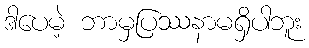
ဒါပေမဲ့ ဘာမှပြဿနာမရှိပါဘူး